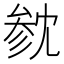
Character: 𪠟